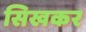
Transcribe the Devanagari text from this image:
सिखकर